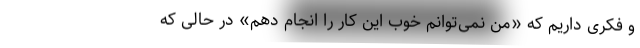
و فکری داریم که «من نمی‌توانم خوب این کار را انجام دهم» در حالی که